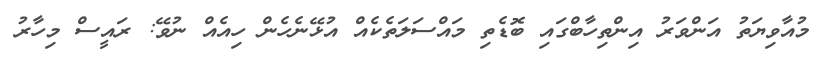
މުއާވިޔަތު އަންވަރު އިންތިހާބްގައި ބޮޑެތި މައްސަލަތެކެއް އުޅޭނެހެން ހިއެއް ނުވޭ: ރައީސް މިހާރު